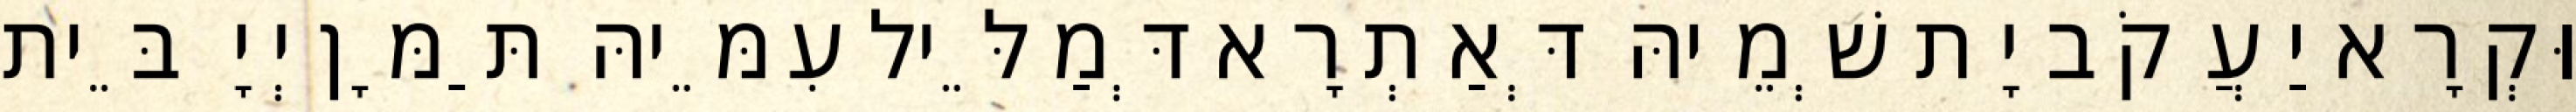
וּקְרָא יַעֲקֹב יָת שְׁמֵיהּ דְּאַתְרָא דְּמַלֵּיל עִמֵּיהּ תַּמָּן יְיָ בֵּית